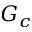
G _ { c }